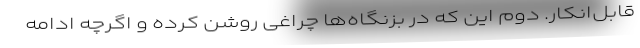
قابل‌انکار. دوم این که در بزنگاه‌ها چراغی روشن کرده و اگرچه ادامه